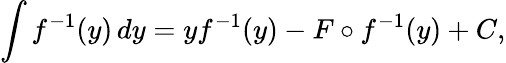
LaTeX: \int f^{-1}(y)\, dy=yf^{-1}(y)-F\circ f^{-1}(y)+C,